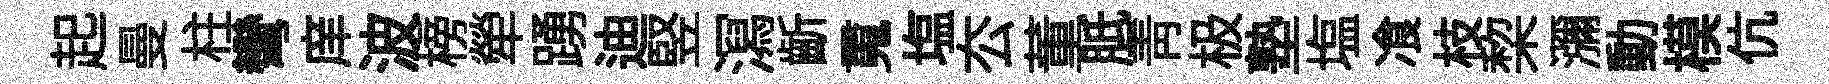
起曼柱彎庠波榜犖踴迪竪㵼齗䰟塩厺董胝靑极塾塩飡枝棃瀰動模伉